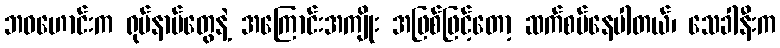
ဘဝဟောင်းက ရုပ်နာမ်တွေနဲ့ အကြောင်းအကျိုး အဖြစ်ဖြင့်တော့ ဆက်စပ်နေပါတယ်၊ သေခါနီးက